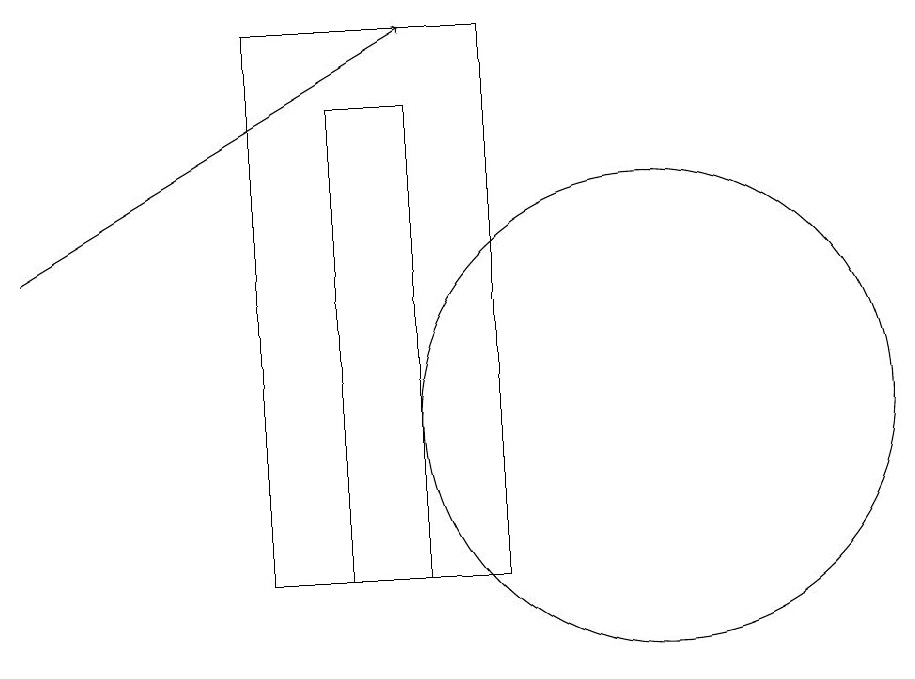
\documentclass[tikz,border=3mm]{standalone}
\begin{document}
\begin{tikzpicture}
\draw[->] (2,14) -- (7,17);
\draw (10,12) circle (3);
\draw (8,10) rectangle (5,17);
\draw (7,16) rectangle (6,10);
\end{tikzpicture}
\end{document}